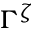
\Gamma ^ { \zeta }